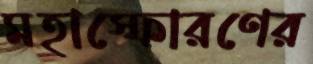
মহাস্ফোরণের